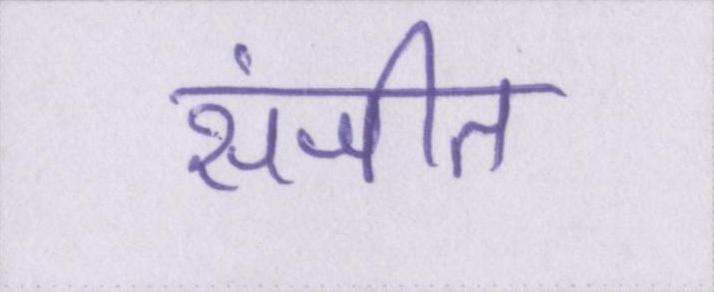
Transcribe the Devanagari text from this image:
संजीत